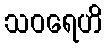
သဝရေဟိ